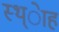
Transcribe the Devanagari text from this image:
स्थ्ेाह